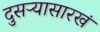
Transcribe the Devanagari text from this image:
दुसऱ्यासारखं